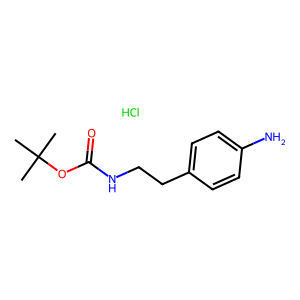
SMILES: CC(C)(C)OC(=O)NCCc1ccc(N)cc1.Cl
Inhibits HIV replication: No